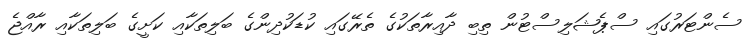
ސެންޓަރުގައި ސްޕެޝަލިސްޓުން ތިބި ދާއިރާތަކުގެ ތެރޭގައި ކުޑަކުދިންގެ ބަލިތަކާއި ކަށީގެ ބަލިތަކާއި ރާއްޖެ